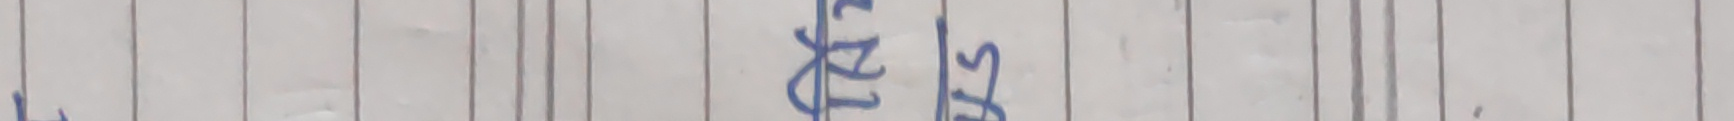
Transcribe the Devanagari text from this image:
के दिईस